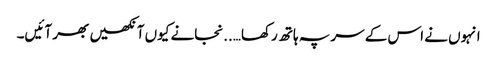
انہوں نے اس کے سر پہ ہاتھ رکھا…..نجانے کیوں آنکھیں بھر آئیں۔